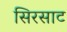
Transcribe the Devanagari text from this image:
सिरसाट